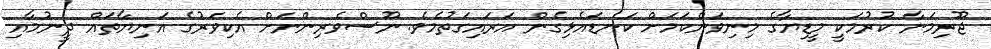
ޖޫރިމަނާ ކުރުމަކީ މީޑިޔާގެ މިނިވަންކަމަށް ކަނޑައެޅިގެން އަރައިގަތުމެވެ. ނޫސްވެރިންނަށް އެކިވަރުގެ އަނިޔާތައް ދީނުމާއި